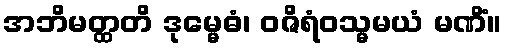
အဘိမတ္ထတိ ဒုမ္မေဓံ၊ ဝဇိရံဝသ္မမယံ မဏိံ။